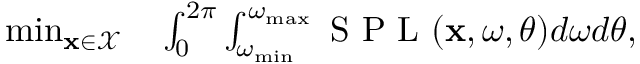
\begin{array} { r l } { \operatorname* { m i n } _ { \mathbf { x } \in \mathcal { X } } } & { { } \int _ { 0 } ^ { 2 \pi } \int _ { \omega _ { \operatorname* { m i n } } } ^ { \omega _ { \operatorname* { m a x } } } \mathrm { ~ S ~ P ~ L ~ } ( \mathbf { x } , \omega , \theta ) d \omega d \theta , } \end{array}